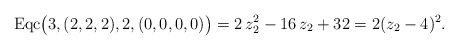
\begin{align*} \mathrm{Eqc}\big(3,(2,2,2),2,(0,0,0,0)\big)=2\,{z}_{2}^{2}-16\,{z}_{2}+32=2(z_2-4)^2.\end{align*}